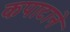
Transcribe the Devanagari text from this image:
कपाटाने